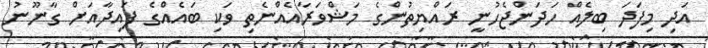
އަދި މިފަދަ ބިލެއް ހަދަންޖެހުނީ ރައްޔިތުންގެ މަޝްވަރާއެއްނެތި ވަކި ބައެއްގެ ފައިދާއަށް ގާނޫނު